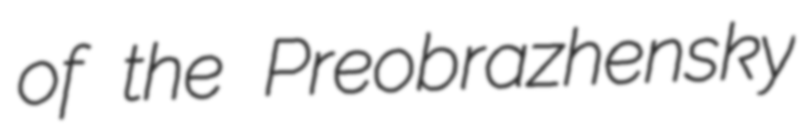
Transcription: of the Preobrazhensky